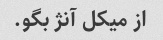
از میکل آنژ بگو.